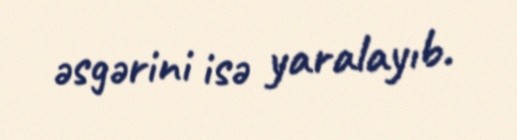
əsgərini isə yaralayıb.